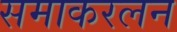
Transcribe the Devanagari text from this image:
समाकरलन